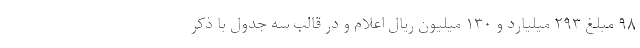
۹۸ مبلغ ۲۹۳ میلیارد و ۱۳۰ میلیون ریال اعلام و در قالب سه جدول با ذکر